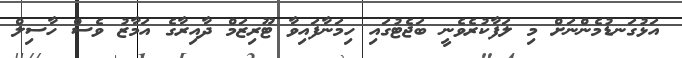
އަޅުގަނޑުމެންނަށް މި ލަފާކުރެވެނީ ބަޖެޓުގައި ހިމަނާފައިވާ ޓޫރިޒަމް ދާއިރާގެ އަމާޒު ވެސް ހާސިލް